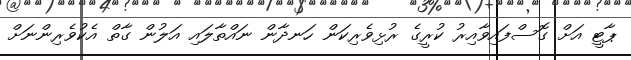
ޕާޓީ އަށް ގޮސްފައިވާއިރު ކުރީގެ ރުޅިވެރިކަން ހަނދާން ނައްތާލައި އަލުން ގާތް އެކުވެރިންނަށް